Tartu_Kolgata_baptistikogudus, lk 90
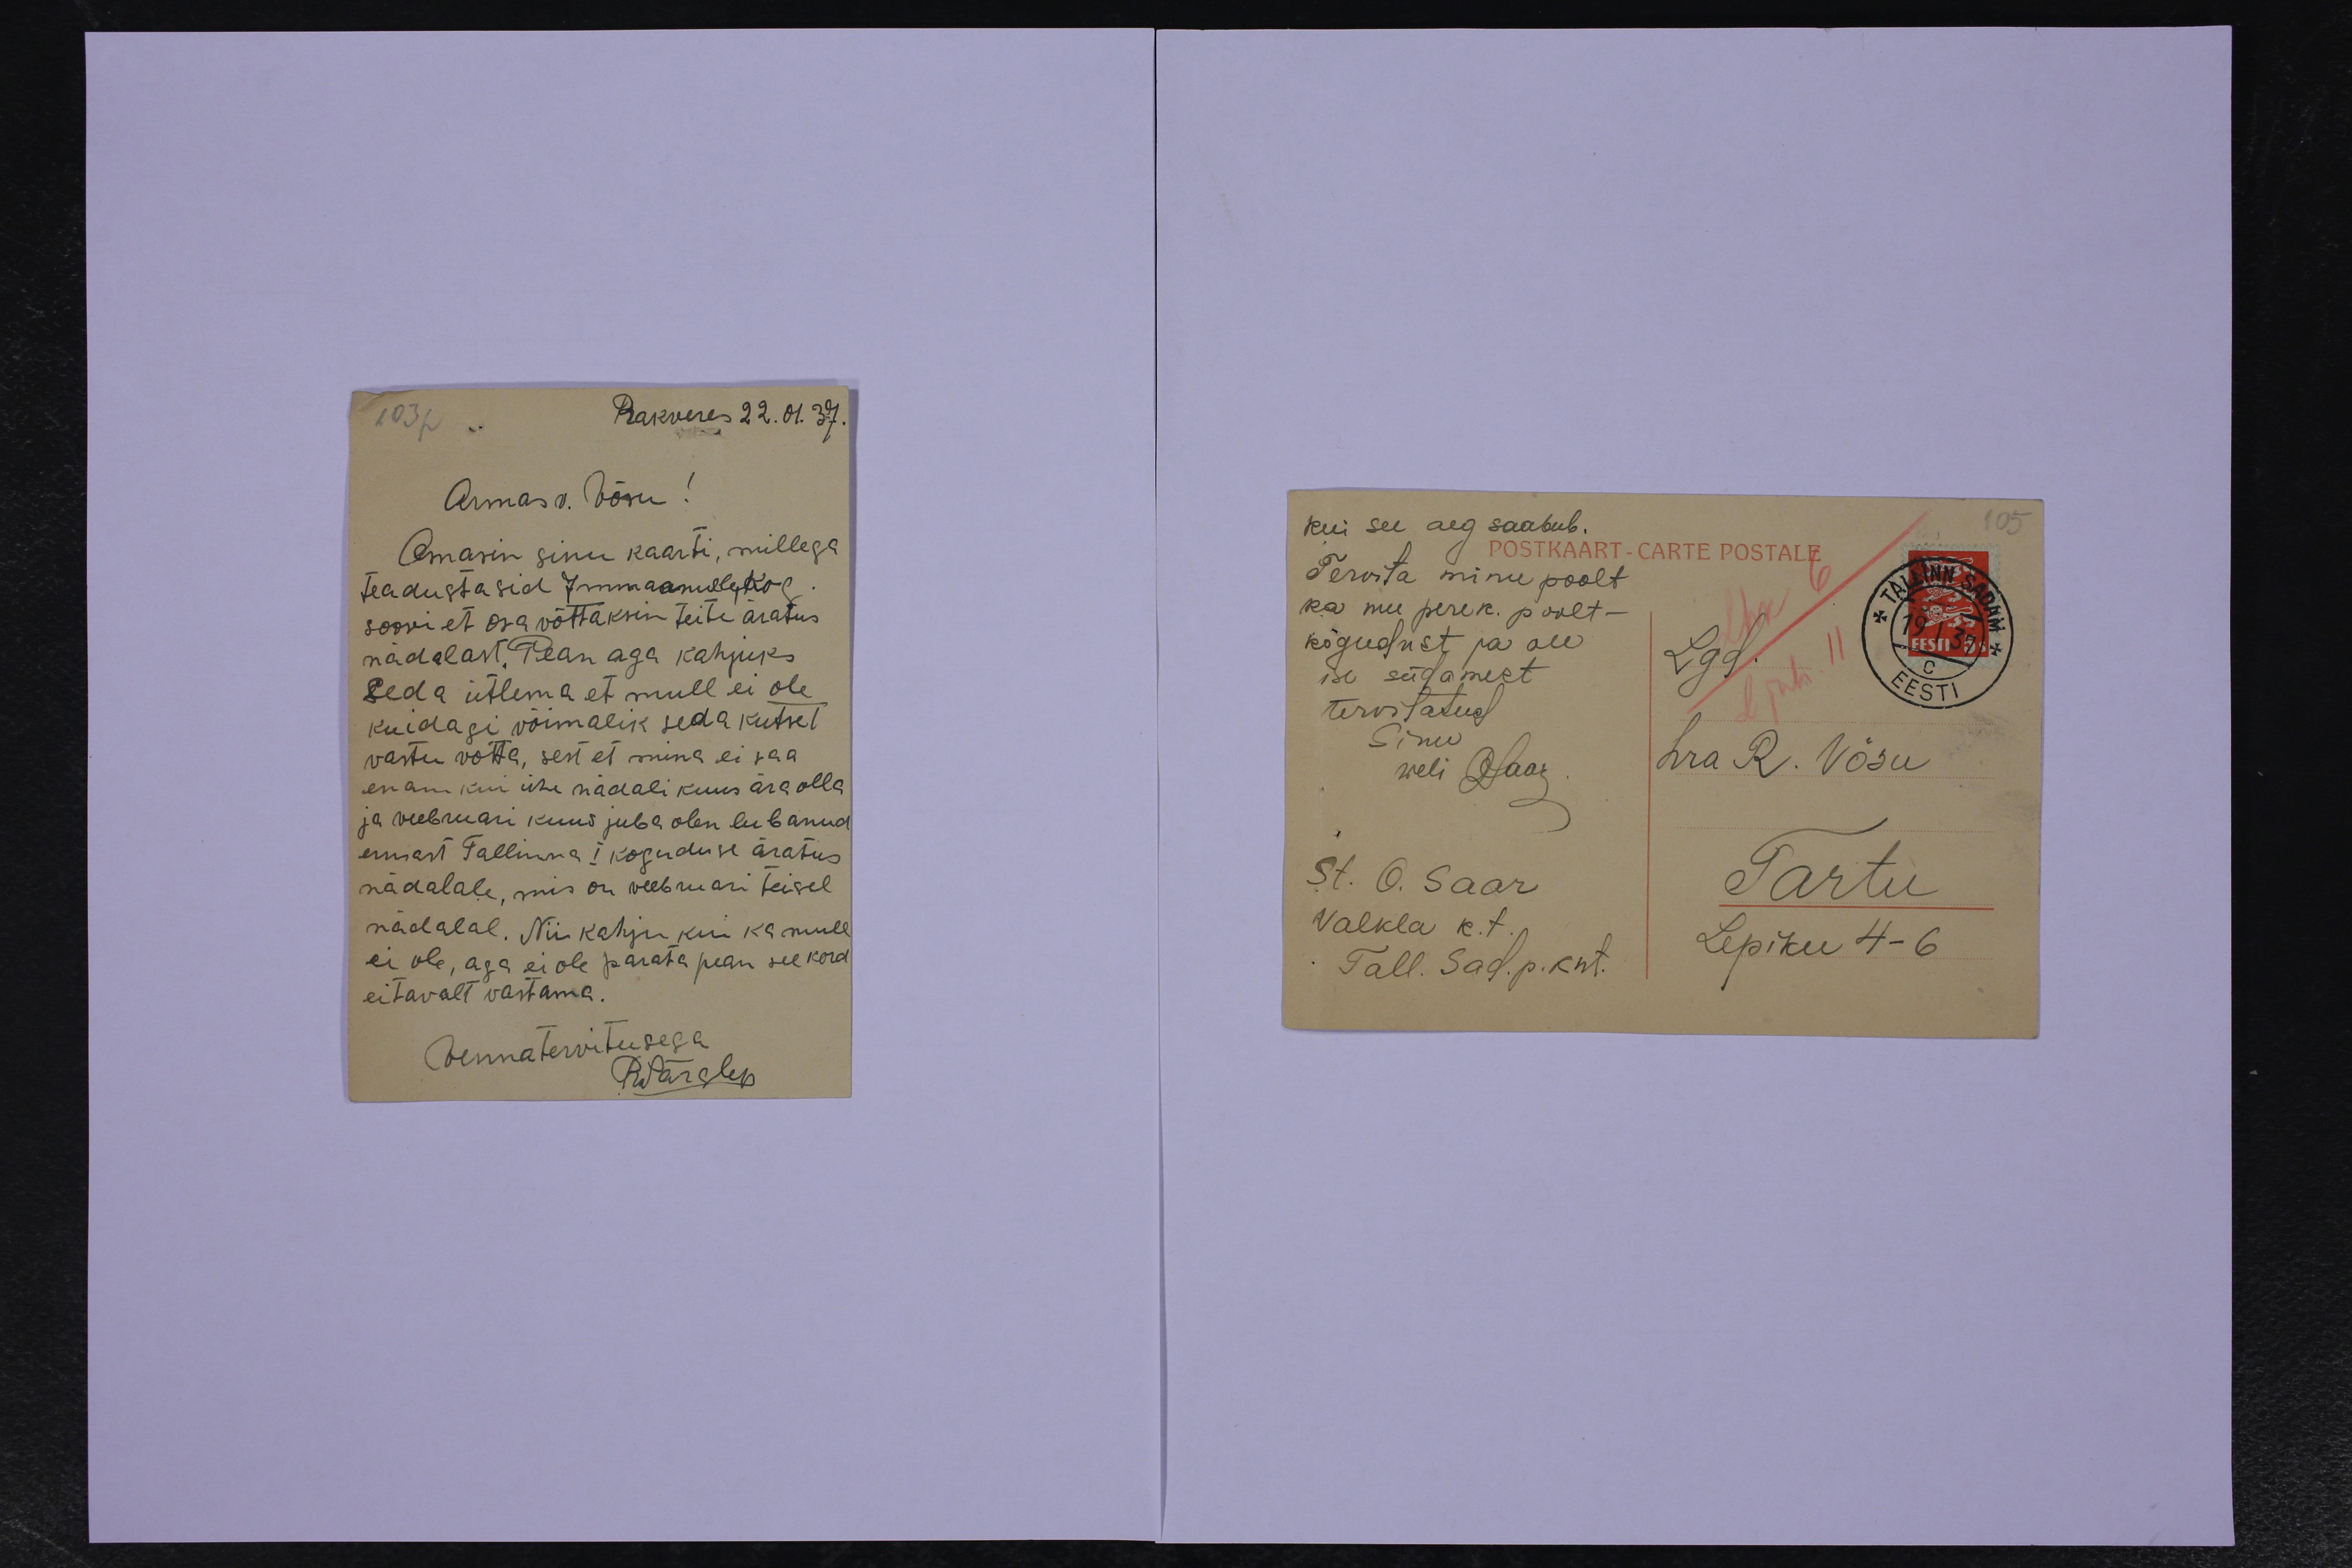
103p
Rakveres 22.01.37.
Armas v. Võsu!
Omasin sinu kaarti, millega
teadustasid Immaanuelle Kog
soovi et osa võttaksin teite äratus
nädalast. Pean aga kahjuks
seda ütlema et mull ei ole
kuidagi võimalik seda kutset
vastu võtta, sest et mina ei saa
enam kui ühe nädali kuus ära olla
ja veebruari kuus juba olen lubanud
ennast Tallinna I koguduse äratus
nädalale, mis on veebruari teisel
nädalal. Nii kahju kui ka mull
ei ole, aga ei ole parata pean see kord
eitavalt vastama.
Vennatervitusega
R Särglep

105

kui see aeg saabub.
"POSTKAART-CARTE POSTALE
Tervita minu poolt
ka mu perek. poolt -
kogudust ja ole
ise südamest
Lgd
tervitatud
Sinu
weli Saar
hra R. Võsu
St. O. Saar
Tartu
Valkla k.t.
Tall. Sad. p. knt.
Lepiku 4-6